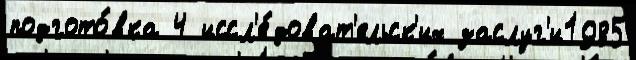
подгото́вка 4 иссл'е́доват'ельск'их заслуг'и1985